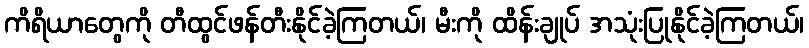
ကိရိယာတွေကို တီထွင်ဖန်တီးနိုင်ခဲ့ကြတယ်၊ မီးကို ထိန်းချုပ် အသုံးပြုနိုင်ခဲ့ကြတယ်၊